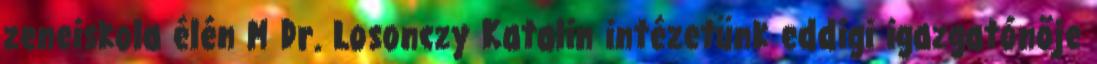
zeneiskola élén M Dr. Losonczy Katalin intézetünk eddigi igazgatónője